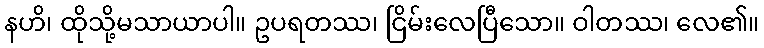
နဟိ၊ ထိုသို့မသာယာပါ။ ဥပရတဿ၊ ငြိမ်းလေပြီသော။ ဝါတဿ၊ လေ၏။